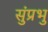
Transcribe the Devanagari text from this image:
सुंप्रभु